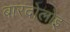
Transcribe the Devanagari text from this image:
बारदोलोइ